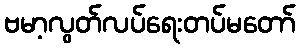
ဗမာ့လွတ်လပ်ရေးတပ်မတော်